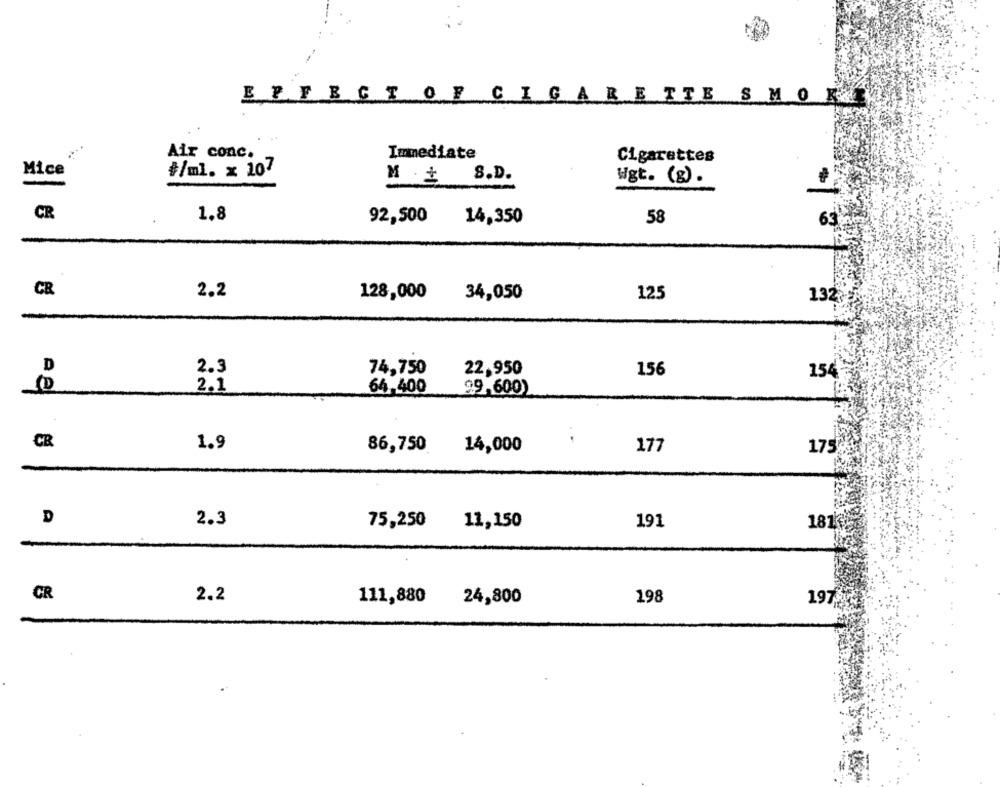
EFFECT OF CIGARETTE SMOKE
Air conc.
Immediate
Cigarettes
Mice
#/ml. x 107
S.D.
Wgt. (g).
CR
1.8
92,500
14,350
58
63
CR
2.2
128,000
34,050
125
132
D
2.3
74,750
22,950
156
154
2.1
64,400
99,600)
CB
1.9
86,750
14,000
177
175
D
2.3
75,250
11,150
191
181
CR
2.2
111,880
24,800
198
197